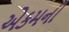
એકમની